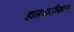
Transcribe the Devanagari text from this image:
हालचालीबद्दल